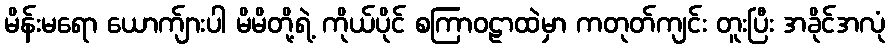
မိန်းမရော ယောက်ျားပါ မိမိတို့ရဲ့ ကိုယ်ပိုင် စကြာဝဠာထဲမှာ ကတုတ်ကျင်း တူးပြီး အခိုင်အလုံ